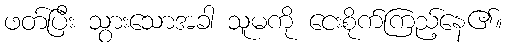
ဖတ်ပြီး သွားသောအခါ သူမကို ငေးစိုက်ကြည့်နေ၏။